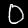
Label: 0